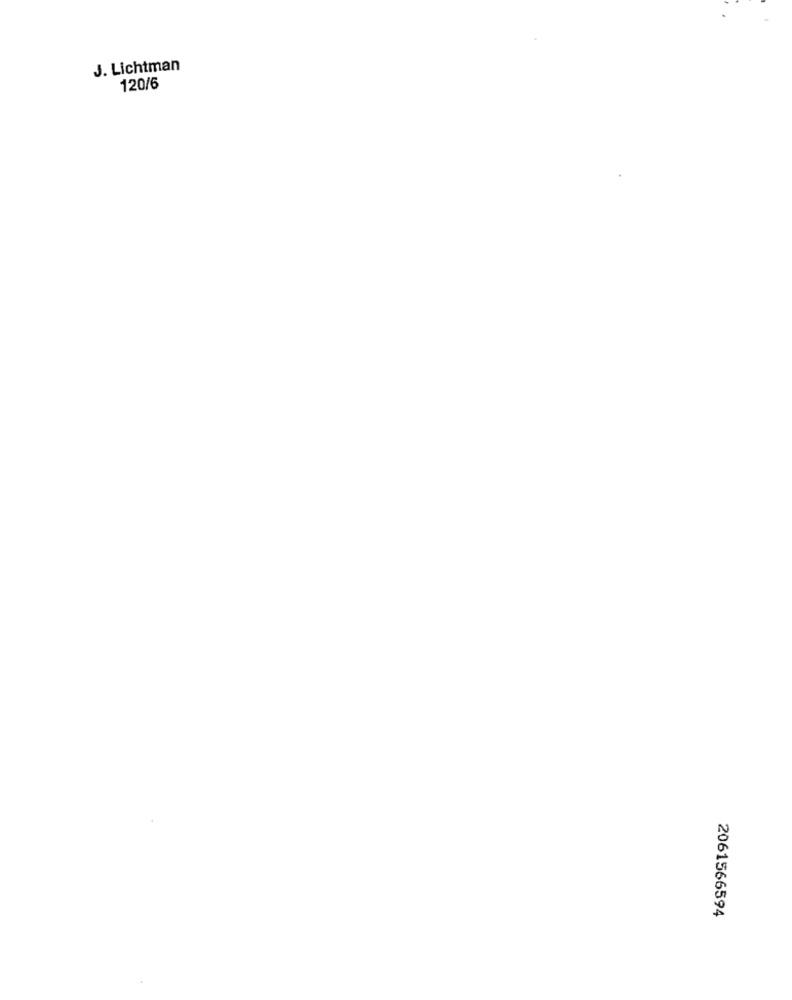
J. Lichtman
120/6
2061566594